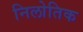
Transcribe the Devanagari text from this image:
निलोतिक